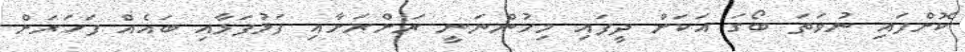
ކޮށްފައި ނުވަތަ ބޯގަ އަކަށް ދީފައި މިހުންނަނީ ރަށްރަށާއި ފަޅުފަޅާއި ބައެއް ފަހަރަށް